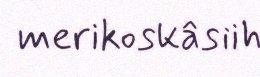
merikoskâsiih